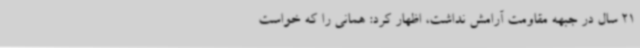
21 سال در جبهه مقاومت آرامش نداشت، اظهار کرد: همانی را‌ که خواست